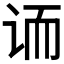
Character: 𲂈